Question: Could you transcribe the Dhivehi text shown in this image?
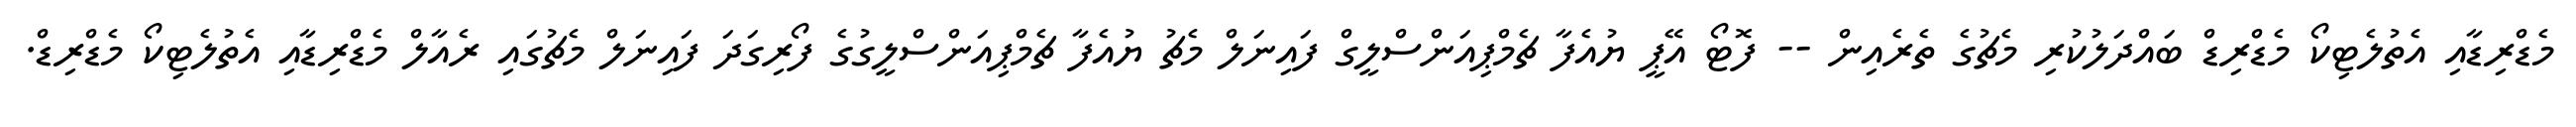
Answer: މެޑްރިޑާއި އެތުލެޓިކޯ މެޑްރިޑް ބައްދަލުކުރި މެޗުގެ ތެރެއިން -- ފޮޓޯ އޭޕީ ޔުއެފާ ޗެމްޕިއަންސްލީގް ފައިނަލް މެޗު ޔުއެފާ ޗެމްޕިއަންސްލީގުގެ ފޯރިގަދަ ފައިނަލް މެޗުގައި ރެއާލް މެޑްރިޑާއި އެތުލެޓިކޯ މެޑްރިޑް.